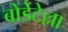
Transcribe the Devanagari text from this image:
बोर्डेटेल्ला